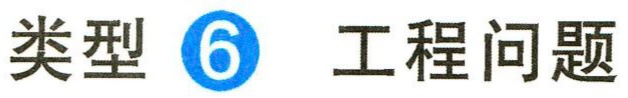
类型 \textcircled{6} 工程问题